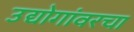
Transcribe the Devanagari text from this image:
उद्योगांवरचा